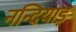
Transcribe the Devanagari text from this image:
नन्दियाड़